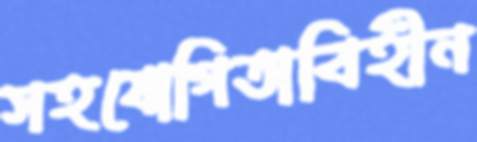
সহযোগিতাবিহীন